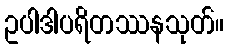
ဥပါဒါပရိတဿနသုတ်။